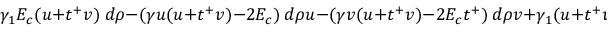
\gamma _ { 1 } E _ { c } ( u + t ^ { + } v ) ~ d \rho - ( \gamma u ( u + t ^ { + } v ) - 2 E _ { c } ) ~ d \rho u - ( \gamma v ( u + t ^ { + } v ) - 2 E _ { c } t ^ { + } ) ~ d \rho v + \gamma _ { 1 } ( u + t ^ { + } v ) ~ d \rho E = 0